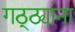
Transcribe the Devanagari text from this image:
गठ्ठ्यांना